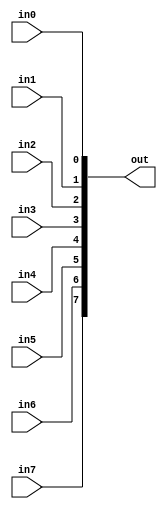
module TC_Maker8 (in0, in1, in2, in3, in4, in5, in6, in7, out);
    parameter UUID = 0;
    parameter NAME = "";
    input in0;
    input in1;
    input in2;
    input in3;
    input in4;
    input in5;
    input in6;
    input in7;
    output [7:0] out;
    
    assign out = {in7, in6, in5, in4, in3, in2, in1, in0};
endmodule